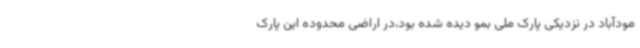
مودآباد در نزدیکی پارک ملی بمو دیده شده بود،در اراضی محدوده این پارک